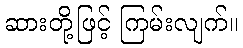
ဆားတို့ဖြင့် ကြမ်းလျက်။